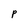
Character: P